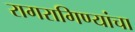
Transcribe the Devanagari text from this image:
रागरागिण्यांचा